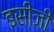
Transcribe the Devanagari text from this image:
इसीजी